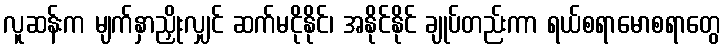
လူဆန်းက မျက်နှာညှိုးလျှင် ဆက်မငိုနိုင်၊ အနိုင်နိုင် ချုပ်တည်းကာ ရယ်စရာမောစရာတွေ